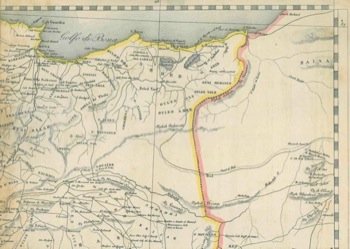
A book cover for Algeria : dal confine tunisino a Philippeville.; N.A. -; Travel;